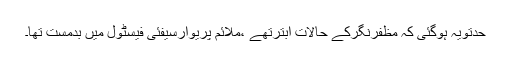
حدتویہ ہوگئی کہ مظفرنگرکے حالات ابترتھے ،ملائم پریوارسیفئی فیسٹول میں بدمست تھا۔